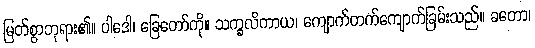
မြတ်စွာဘုရား၏။ ပါဒေါ၊ ခြေတော်ကို။ သက္ခလိကာယ၊ ကျောက်တက်ကျောက်ခြမ်းသည်။ ခတော၊